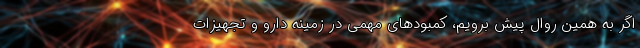
اگر به همین روال پیش برویم، کمبودهای مهمی در زمینه دارو و تجهیزات